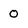
Character: 0